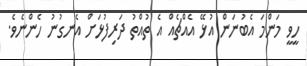
ހީވީ މަންމަ އެބުނަން އުޅޭ އެއްޗެއް އެ ތުއްތު ދަރިފުޅަށް އެނގުނު ހެންނެވެ.